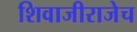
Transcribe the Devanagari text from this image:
शिवाजीराजेच